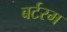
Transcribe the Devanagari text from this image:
बर्टरम